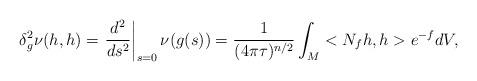
LaTeX: \begin{align*}\delta^2_g\nu(h,h)=\left.\frac{d^2}{ds^2}\right|_{s=0}\nu(g(s))=\frac{1}{(4\pi\tau)^{n/2}}\int_M <N_f h, h> e^{-f} dV,\\\end{align*}